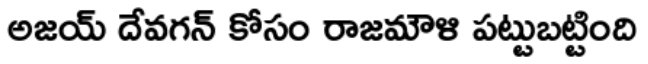
అజయ్ దేవగన్ కోసం రాజమౌళి పట్టుబట్టింది